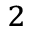
^ { 2 }